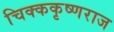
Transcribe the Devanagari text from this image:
चिक्ककृष्णराज